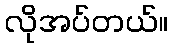
လိုအပ်တယ်။